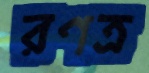
রণত্র